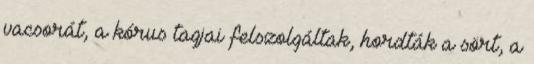
vacsorát, a kórus tagjai felszolgáltak, hordták a sört, a